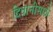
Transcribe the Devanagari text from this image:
दिवानीसाठी